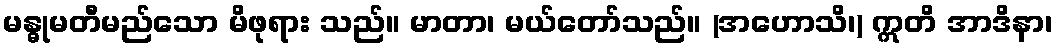
မန္ဓုမတီမည်သော မိဖုရား သည်။ မာတာ၊ မယ်တော်သည်။ (အဟောသိ၊) ဣတိ အာဒိနာ၊